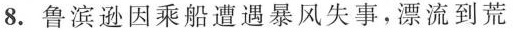
8.鲁滨逊因乘船遭遇暴风失事。漂流到荒